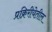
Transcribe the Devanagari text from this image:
प्रक्रिरीयेतील